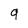
Character: 9